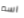
اسم